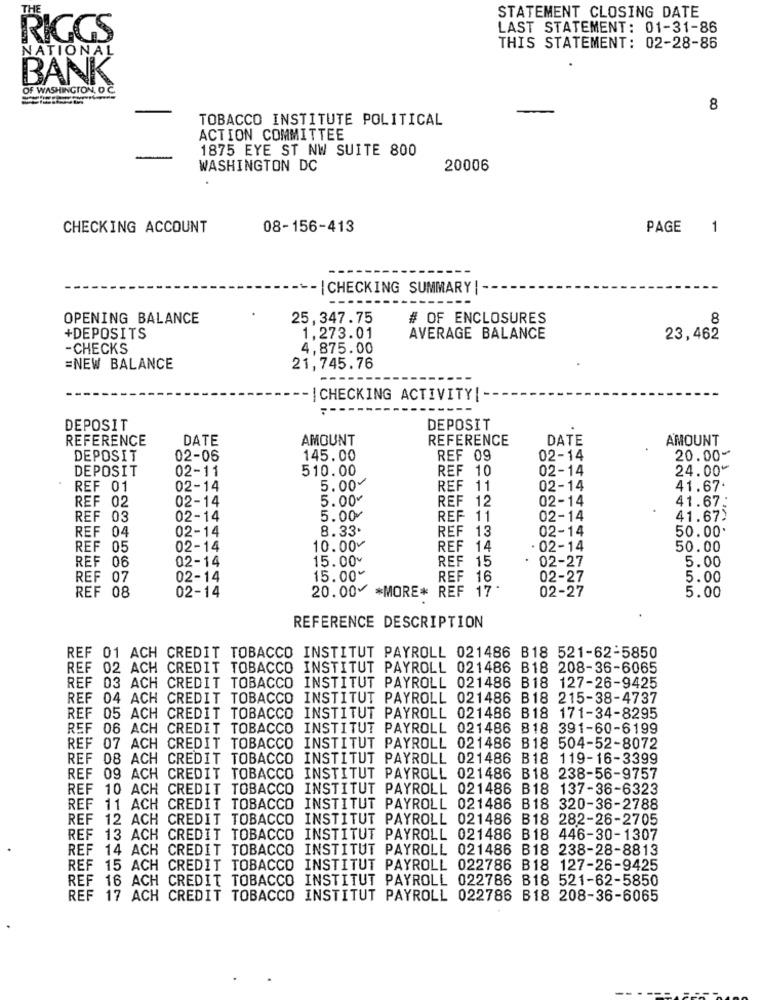
THE
STATEMENT CLOSING DATE
LAST STATEMENT: 01-31-86
RIGGS
NATIONAL
THIS STATEMENT: 02-28-86
BANK
OF WASHINGTON, D
8
TOBACCO INSTITUTE POLITICAL
ACTION COMMITTEE
1875 EYE ST NW SUITE 800
WASHINGTON DC
20006
CHECKING ACCOUNT
08-156-413
PAGE
1
|CHECKING SUMMARY | --
OPENING BALANCE
25,347.75
# OF ENCLOSURES
8
+DEPOSITS
1,273.01
AVERAGE BALANCE
23,462
-CHECKS
4,875.00
=NEW BALANCE
21,745.76
-| CHECKING ACTIVITY[ -
DEPOSIT
DEPOSIT
REFERENCE
DATE
AMOUNT
REFERENCE
DATE
AMOUNT
DEPOSIT
02-06
145.00
REF 09
02-14
20.00-
DEPOSIT
02-11
510.00
REF 10
02-14
24.00~
5.00~
REF 01
02-14
REF 11
02-14
41.67.
REF 02
02-14
5.00¥
REF 12
02-14
41.67:
REF 03
02-14
5.00/
REF 11
02-14
41.67)
REF 04
02-14
8.33.
REF 13
02-14
50.00.
REF 05
02-14
10.00v
REF 14
. 02-14
50.00
REF 06
02-14
15.00
REF 15
. 02-27
5.00
REF 07
02-14
15.00%
REF 16
02-27
5.00
REF 08
02-14
20.00 *MORE* REF 17 '
02-27
5.00
REFERENCE DESCRIPTION
REF 01 ACH CREDIT TOBACCO INSTITUT PAYROLL 021486 B18 521-62-5850
REF 02 ACH CREDIT TOBACCO INSTITUT PAYROLL 021486 B18 208-36-6065
REF 03 ACH CREDIT TOBACCO INSTITUT PAYROLL 021486 B18 127-26-9425
REF 04 ACH CREDIT TOBACCO INSTITUT PAYROLL 021486 B18 215-38-4737
REF 05 ACH CREDIT TOBACCO
INSTITUT PAYROLL 021486 B18 171-34-8295
REF 06 ACH CREDIT TOBACCO INSTITUT PAYROLL 021486 818 391-60-6199
REF 07 ACH
CREDIT TOBACCO INSTITUT PAYROLL 021486 B18 504-52-8072
REF 08 ACH CREDIT TOBACCO INSTITUT PAYROLL 021486 B18 119-16-3399
REF 09 ACH CREDIT TOBACCO INSTITUT PAYROLL 021486 B18 238-56-9757
REF 10 ACH
CREDIT TOBACCO
INSTITUT PAYROLL 021486 B18 137-36-6323
REF 11 ACH CREDIT TOBACCO INSTITUT PAYROLL 021486 B18 320-36-2788
REF 12 ACH CREDIT TOBACCO INSTITUT PAYROLL 021486 B18 282-26-2705
REF 13 ACH CREDIT TOBACCO INSTITUT PAYROLL 021486 B18 446-30-1307
REF 14 ACH CREDIT TOBACCO INSTITUT PAYROLL 021486 B18 238-28-8813
REF 15 ACH CREDIT TOBACCO INSTITUT PAYROLL 022786 B18 127-26-9425
REF 16 ACH CREDIT TOBACCO INSTITUT PAYROLL 022786 B18 521-62-5850
REF 17 ACH CREDIT TOBACCO INSTITUT PAYROLL 022786 B18 208-36-6065